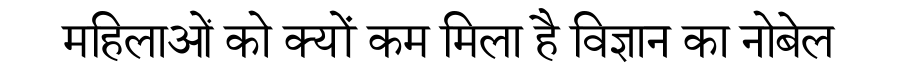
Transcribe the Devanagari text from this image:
महिलाओं को क्यों कम मिला है विज्ञान का नोबेल